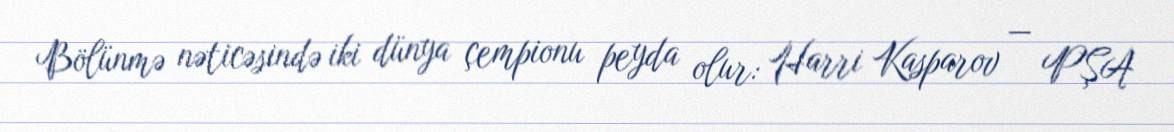
Bölünmə nəticəsində iki dünya çempionu peyda olur: Harri Kasparov — PŞA